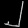
Digit: ၂